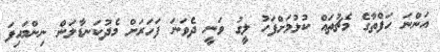
އަންނަ ހަފްތާގެ މެޗުތައް ކުޅުމަށްފަހު ލީގު ވަނީ ދެވަނަ ފަހަރަށް މެދުކަނޑާލަން ނިންމައިފަ